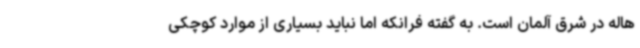
هاله در شرق آلمان است. به گفته فرانکه اما نباید بسیاری از موارد کوچکی